Indian journal of veterinary science and animal husbandry - Volumes 26-27, 1956-1957
Year: 1956
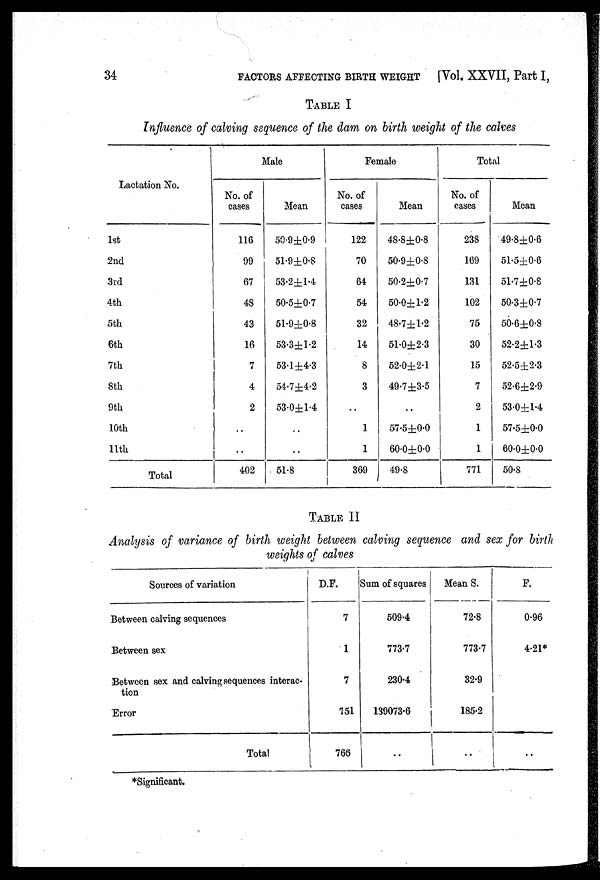
34
FACTORS AFFECTING BIRTH WEIGHT
[Vol. XXVII, Part I,
TABLE
I
Influence of calving sequence of the dam on birth weight of the calves
Lactation No.
1st
2nd
3rd
4th
5th
6th
7th
8th
9th
10th
11th
Total
Male
No. of
cases
116
99
67
48
43
16
7
4
2
..
..
402
Mean
50.9±0.9
51.9±0.8
53.2±1.4
50.5±0.7
51.9±0.8
53.3±1.2
53.1±4.3
54.7±4.2
53.0±1.4
..
..
51.8
Female
No. of
cases
122
70
64
54
32
14
8
3
..
1
1
369
Mean
48.8±0.8
50.9±0.8
50.2±0.7
50.0±1.2
48.7±1.2
51.0±2.3
52.0±2.1
49.7±3.5
..
57.5±0.0
60.0±0.0
49.8
Total
No. of
cases
238
169
131
102
75
30
15
7
2
1
1
771
Mean
49.8±0.6
51.5±0.6
51.7±0.8
50.3±0.7
50.6±0.8
52.2±1.3
52.5±2.3
52.6±2.9
53.0±1.4
57.5±0.0
60.0±0.0
50.8
TABLE II
Analysis of variance of birth weight between calving sequence and sex for birth
weights of calves
Sources of variation
Between calving sequences
Between sex
Between sex and calving sequences interac-
tion
Error
Total
D.F.
7
1
7
751
766
Sum of squares
509.4
773.7
230.4
139073.6
Mean S.
72.8
773.7
32.9
185.2
F.
0.96
4.21*
*Significant.